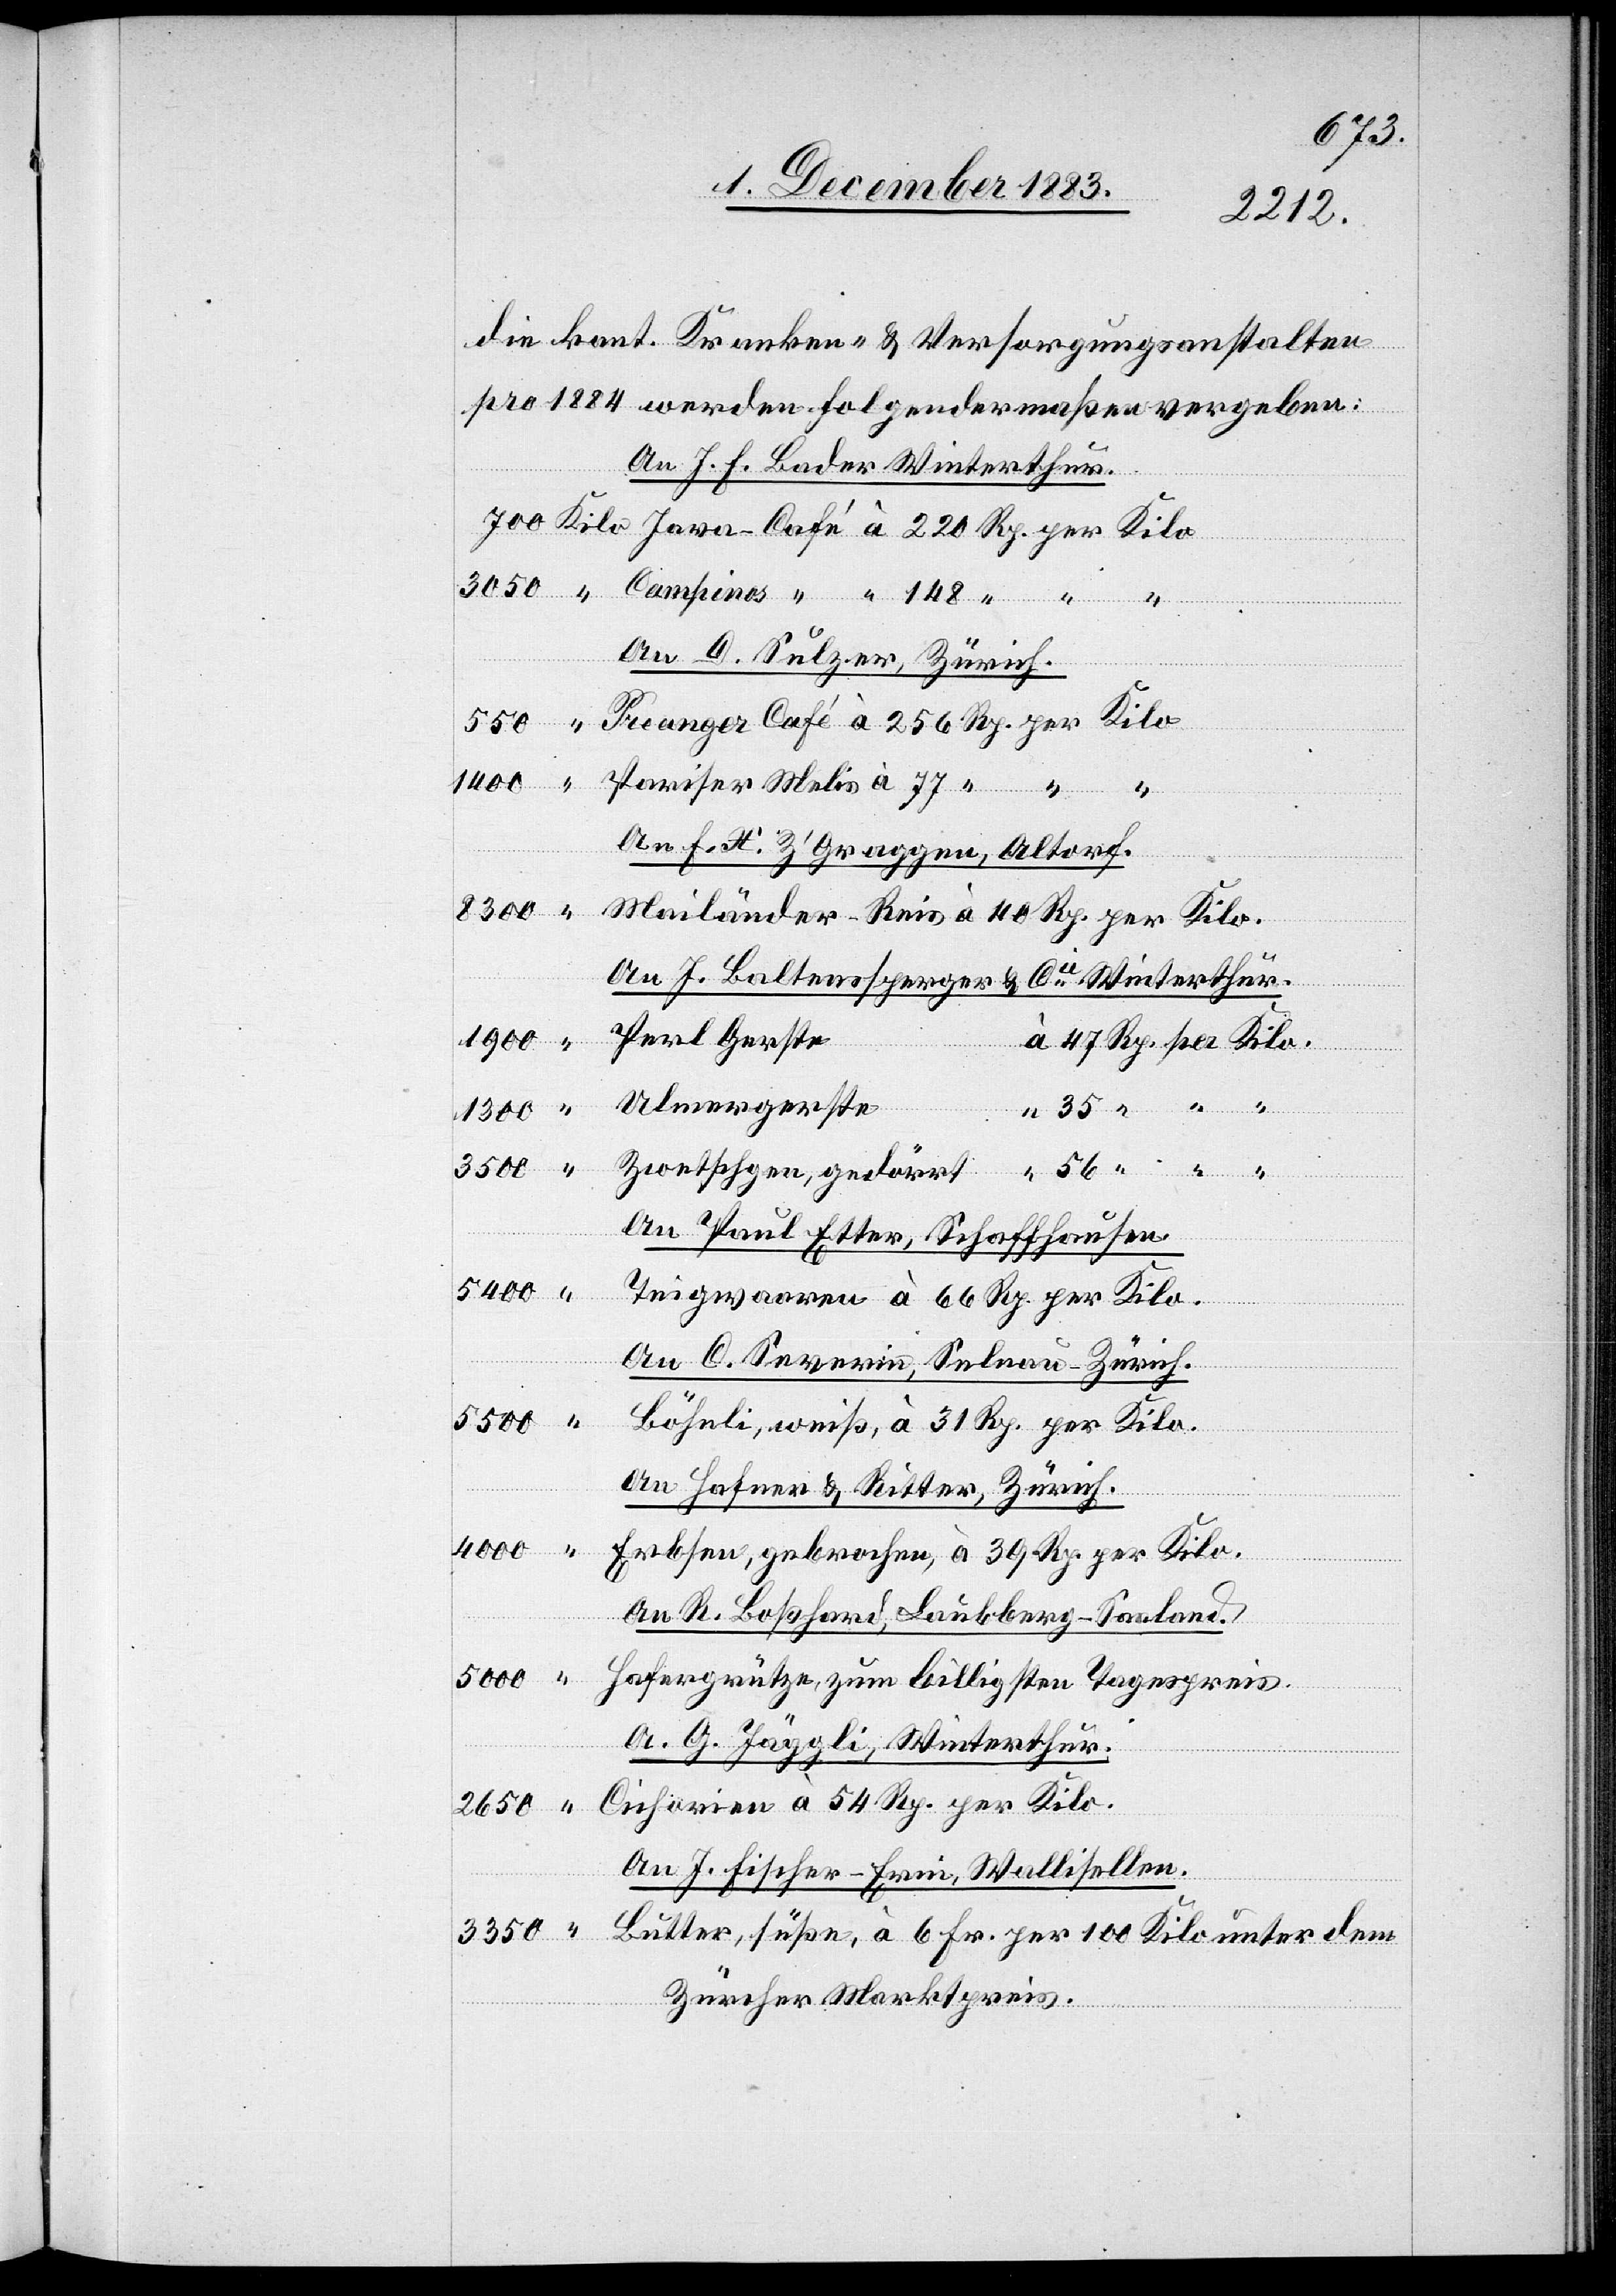
die kant. Kranken- & Versorgungsanstalten
pro 1884 werden folgendermaßen vergeben:
An J. F. Bader Winterthur.
An D. Sulzer, Zürich.
An F. X. Z’Graggen, Altorf.
An J. Baltensperger & Cie Winterthur.
Perl Gerste
1900
47
Ulmergerste
“
unter
1300
3500
Zwetschgen, gedörrt
An Paul Etter, Schaffhausen.
5400
“
An C. Severin, Selnau - Zürich.
5500
An Hafner & Ritter, Zürich.
4000
An R. Boßhard, Laubberg - Saaland.
5000
Hafergrütze, zum billigten Tagespreis.
An G. Jäggli, Winterthur.
An J. Fischer-Erni, Wallisellen.
Zürcher Marktpreis.